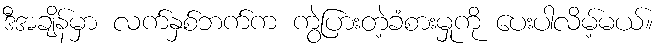
ဒီအချိန်မှာ လက်နှစ်ဘက်က ကွဲပြားတဲ့ခံစားမှုကို ပေးပါလိမ့်မယ်။